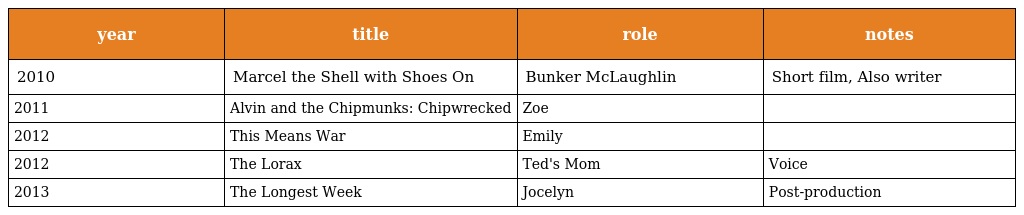
| year | title | role | notes |
 | --- | --- | --- | --- |
 | 2010 | Marcel the Shell with Shoes On | Bunker McLaughlin | Short film, Also writer |
 | 2011 | Alvin and the Chipmunks: Chipwrecked | Zoe |  |
 | 2012 | This Means War | Emily |  |
 | 2012 | The Lorax | Ted's Mom | Voice |
 | 2013 | The Longest Week | Jocelyn | Post-production |